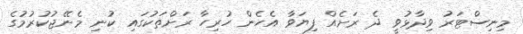
މިނިސްޓަރު ވިދާޅުވީ ދެ ރަށެއް ފިޔަވާ އެހެން ހުރިހާ ރަށްތަކުގައި ކުނި މެނޭޖުކުރުމުގެ